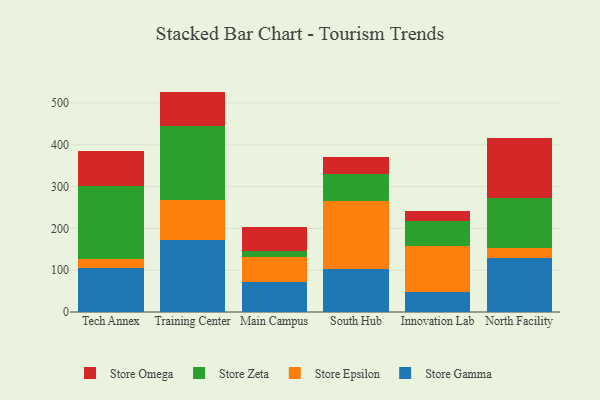
{"axis": {"x": "Campus", "y": "Website Visitors"}, "legend": ["Store Epsilon", "Store Gamma", "Store Omega", "Store Zeta"], "data": [{"x": "Tech Annex", "y": 106.4, "type": "Store Gamma"}, {"x": "Tech Annex", "y": 21.5, "type": "Store Epsilon"}, {"x": "Tech Annex", "y": 173.0, "type": "Store Zeta"}, {"x": "Tech Annex", "y": 83.9, "type": "Store Omega"}, {"x": "Training Center", "y": 172.2, "type": "Store Gamma"}, {"x": "Training Center", "y": 95.9, "type": "Store Epsilon"}, {"x": "Training Center", "y": 177.4, "type": "Store Zeta"}, {"x": "Training Center", "y": 81.6, "type": "Store Omega"}, {"x": "Main Campus", "y": 71.2, "type": "Store Gamma"}, {"x": "Main Campus", "y": 59.3, "type": "Store Epsilon"}, {"x": "Main Campus", "y": 15.5, "type": "Store Zeta"}, {"x": "Main Campus", "y": 57.8, "type": "Store Omega"}, {"x": "South Hub", "y": 103.9, "type": "Store Gamma"}, {"x": "South Hub", "y": 162.4, "type": "Store Epsilon"}, {"x": "South Hub", "y": 63.3, "type": "Store Zeta"}, {"x": "South Hub", "y": 40.4, "type": "Store Omega"}, {"x": "Innovation Lab", "y": 48.7, "type": "Store Gamma"}, {"x": "Innovation Lab", "y": 108.5, "type": "Store Epsilon"}, {"x": "Innovation Lab", "y": 60.1, "type": "Store Zeta"}, {"x": "Innovation Lab", "y": 24.0, "type": "Store Omega"}, {"x": "North Facility", "y": 130.1, "type": "Store Gamma"}, {"x": "North Facility", "y": 22.3, "type": "Store Epsilon"}, {"x": "North Facility", "y": 119.6, "type": "Store Zeta"}, {"x": "North Facility", "y": 144.2, "type": "Store Omega"}]}